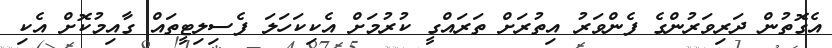
އެގޮތުން ދަރިވަރުންގެ ފެންވަރު އިތުރަށް ތަރައްގީ ކުރުމަށް އެކިކަހަލަ ފެސިލިޓީތައް ގާއިމުކޮށް އެކި